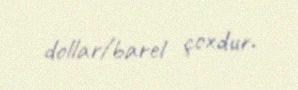
dollar/barel çoxdur.